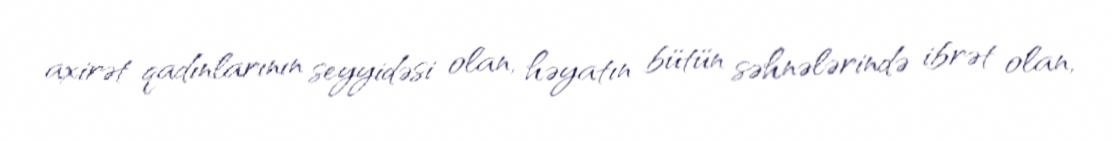
axirət qadınlarının seyyidəsi olan, həyatın bütün səhnələrində ibrət olan,